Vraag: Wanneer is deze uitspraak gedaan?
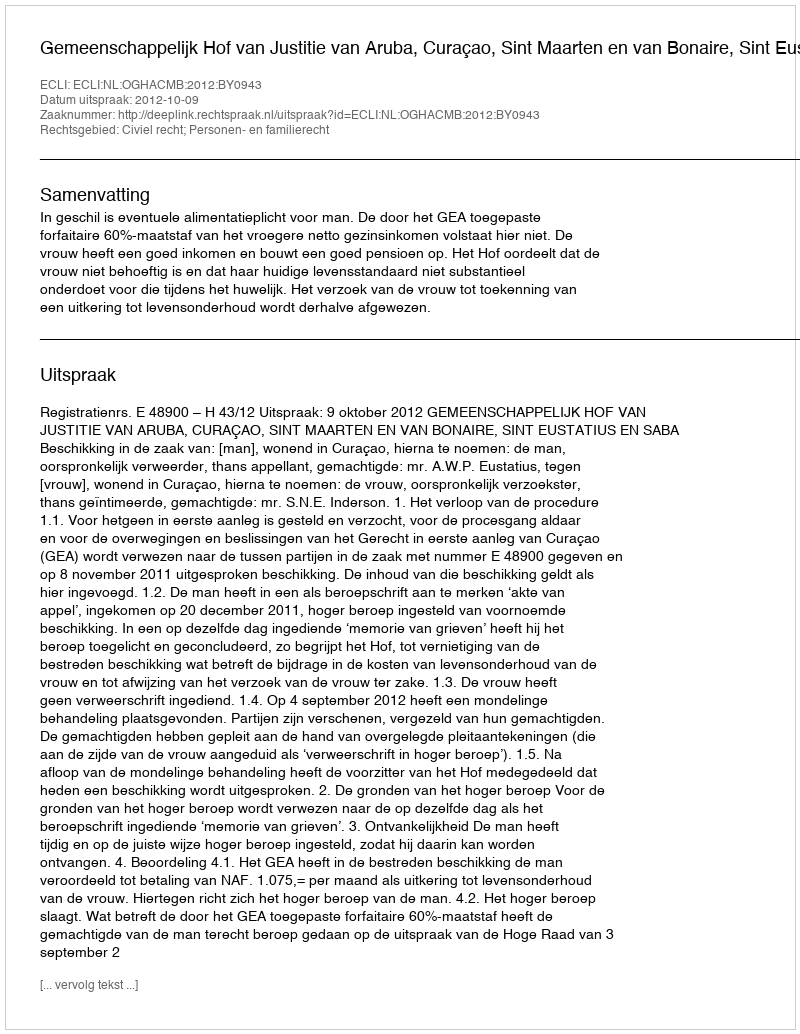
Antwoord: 2012-10-09